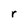
Character: r